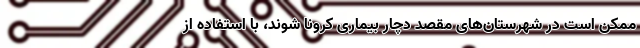
ممکن است در شهرستان‌های مقصد دچار بیماری کرونا شوند، با استفاده از